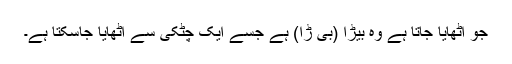
جو اٹھایا جاتا ہے وہ بیڑا (بی ڑا) ہے جسے ایک چٹکی سے اٹھایا جاسکتا ہے۔